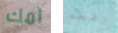
امك رفعه